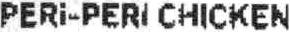
PERI-PERI CHICKEN